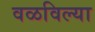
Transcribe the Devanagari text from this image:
वळविल्या